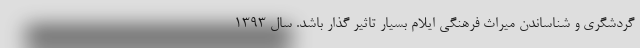
گردشگری و شناساندن میراث فرهنگی ایلام بسیار تاثیر گذار باشد. سال ۱۳۹۳